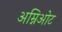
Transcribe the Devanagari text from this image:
अम्निओट